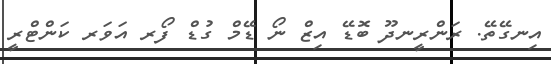
އިނގޭތޭ. ރަންރީނދޫ ބޮޑޭ އިޒް ނޯ ޑޭމް ގުޑް ފޯރ އަވަރ ކަންޓްރީ